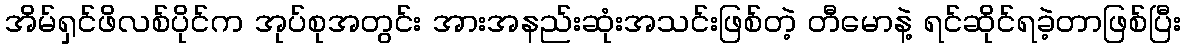
အိမ်ရှင်ဖိလစ်ပိုင်က အုပ်စုအတွင်း အားအနည်းဆုံးအသင်းဖြစ်တဲ့ တီမောနဲ့ ရင်ဆိုင်ရခဲ့တာဖြစ်ပြီး